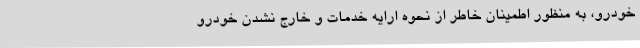
خودرو، به منظور اطمینان خاطر از نحوه ارایه خدمات و خارج نشدن خودرو